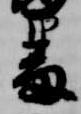
番